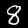
Digit: 8